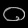
Digit: ၀